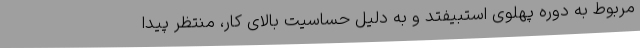
مربوط به دوره پهلوی استبیفتد و به دلیل حساسیت بالای کار، منتظر پیدا